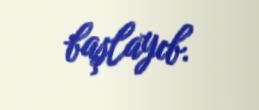
başlayıb.